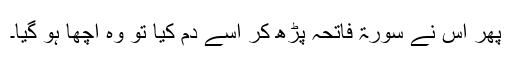
پھر اس نے سورۃ فاتحہ پڑھ کر اسے دم کیا تو وہ اچھا ہو گیا۔